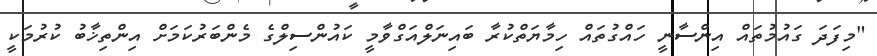
"މިފަދަ ގައުމުތައް އިންސާނީ ހައްގުތައް ހިމާޔަތްކުރާ ބައިނަލްއަގްވާމީ ކައުންސިލްގެ މެންބަރުކަމަށް އިންތިޚާބު ކުރުމަކީ